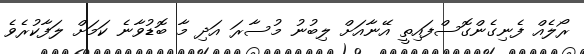
ރޯލެއް ފެނިގެންގޮސްފައިތީ އޭނާއަށް ލިބުނު މުސާރަ އަދި މާ ބޮޑުވާނެ ކަމަށް ލަފާކުރެވެ